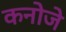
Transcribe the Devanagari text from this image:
कनोजे